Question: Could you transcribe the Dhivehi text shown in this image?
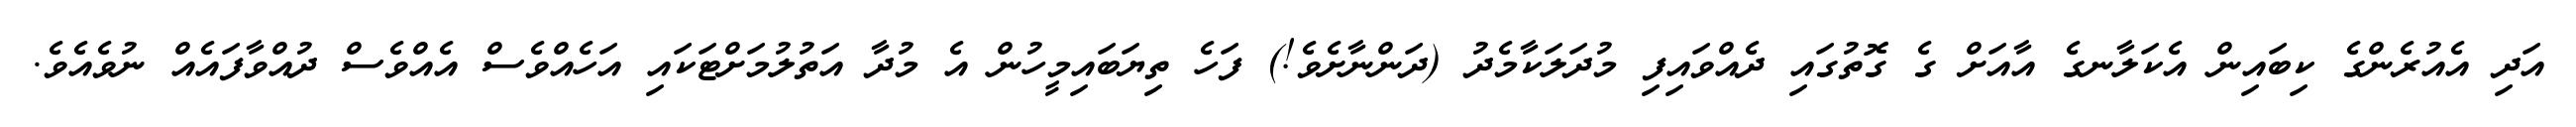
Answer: އަދި އެއުރެންގެ ކިބައިން އެކަލާނގެ އާއަށް ގެ ގޮތުގައި ދެއްވައިފި މުދަލަކާމެދު (ދަންނާށެވެ!) ފަހެ ތިޔަބައިމީހުން އެ މުދާ އަތުލުމަށްޓަކައި އަހެއްވެސް އެއްވެސް ދުއްވާފައެއް ނުވެއެވެ.